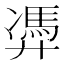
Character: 𱝕